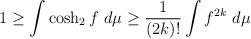
LaTeX: \begin{align*} 1 \geq \int \cosh_2 f \ d\mu \geq \frac1{(2k)!} \int f^{2k} \ d\mu \end{align*}